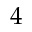
4